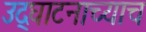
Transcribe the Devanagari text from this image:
उद्घाटनाच्याच